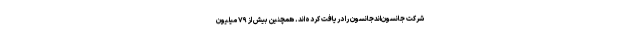
شرکت جانسون‌اندجانسون را دریافت کرده‌اند. همچنین بیش از ۷۹ میلیون